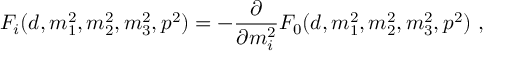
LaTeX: F _ { i } ( d , m _ { 1 } ^ { 2 } , m _ { 2 } ^ { 2 } , m _ { 3 } ^ { 2 } , p ^ { 2 } ) = - \frac { \partial } { \partial m _ { i } ^ { 2 } } F _ { 0 } ( d , m _ { 1 } ^ { 2 } , m _ { 2 } ^ { 2 } , m _ { 3 } ^ { 2 } , p ^ { 2 } ) \ ,